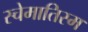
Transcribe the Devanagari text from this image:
स्चेमातिस्म